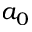
a _ { 0 }